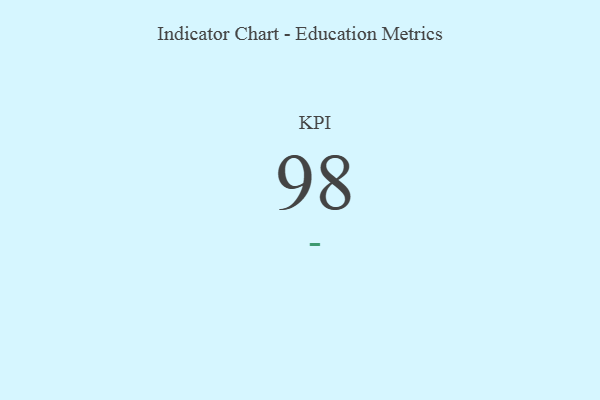
{"axis": {"x": "KPI", "y": "Value"}, "legend": [""], "data": [{"x": "KPI", "y": 98, "type": ""}]}